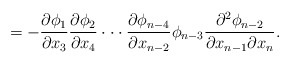
\begin{align*}=-\frac{\partial \phi_1}{\partial x_3}\frac{\partial \phi_2}{\partial x_4}\cdot \cdot \cdot \frac{\partial \phi_{n-4}}{\partial x_{n-2}}\phi_{n-3}\frac{\partial^2\phi_{n-2}}{\partial x_{n-1} \partial x_{n}}.\end{align*}